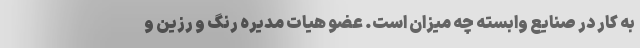
به کار در صنایع وابسته چه میزان است. عضو هیات مدیره رنگ و رزین و